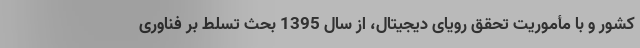
کشور و با مأموریت تحقق رویای دیجیتال، از سال 1395 بحث تسلط بر فناوری